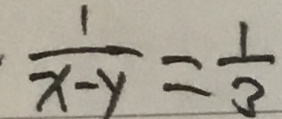
\frac { 1 } { x - y } = \frac { 1 } { 3 }